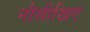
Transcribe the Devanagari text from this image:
नौसीखिए